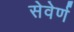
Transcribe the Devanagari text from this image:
सेवेर्ण